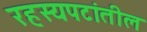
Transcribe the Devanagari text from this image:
रहस्यपटांतील